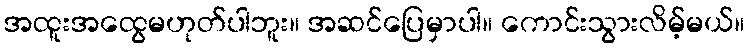
အထူးအထွေမဟုတ်ပါဘူး။ အဆင်ပြေမှာပါ။ ကောင်းသွားလိမ့်မယ်။